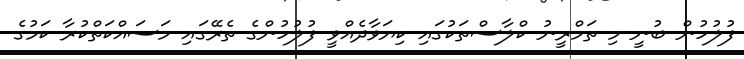
ފުލުހުން ބުނީ މި ތަމްރީނު ކްލާސްތަކުގައިި ކިޔަވާދެއްވީ ފުލުހުންގެ ތެރޭގައި މަސައްކަތްކުރާ ކަމުގެ